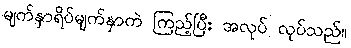
မျက်နှာရိပ်မျက်နှာကဲ ကြည့်ပြီး အလုပ် လုပ်သည်။